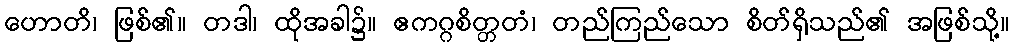
ဟောတိ၊ ဖြစ်၏။ တဒါ၊ ထိုအခါ၌။ ဧကဂ္ဂစိတ္တတံ၊ တည်ကြည်သော စိတ်ရှိသည်၏ အဖြစ်သို့။